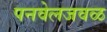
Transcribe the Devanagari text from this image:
पनवेलजवळ